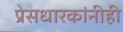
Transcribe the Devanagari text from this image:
प्रेसधारकांनीही